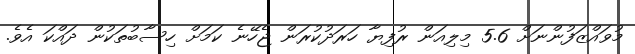
މުވައްޒަފުންނަށް 5.6 މިލިއަން ރުފިޔާ ހަރަދުކުރަން ޖެހޭނެ ކަމަށް ހިސާބުތަކުން ދައްކަ އެވެ.